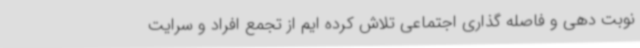
نوبت دهی و فاصله گذاری اجتماعی تلاش کرده ایم از تجمع افراد و سرایت